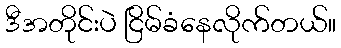
ဒီအတိုင်းပဲ ငြိမ်ခံနေလိုက်တယ်။